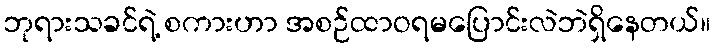
ဘုရားသခင်ရဲ့ စကားဟာ အစဉ်ထာဝရမပြောင်းလဲဘဲရှိနေတယ်။